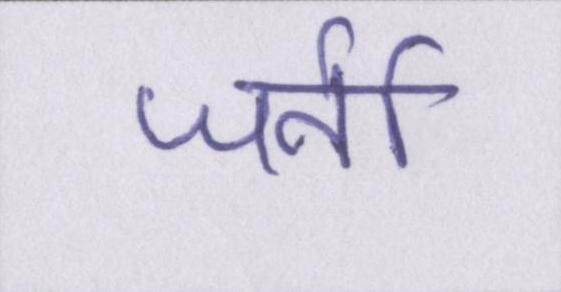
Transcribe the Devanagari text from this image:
जर्नी